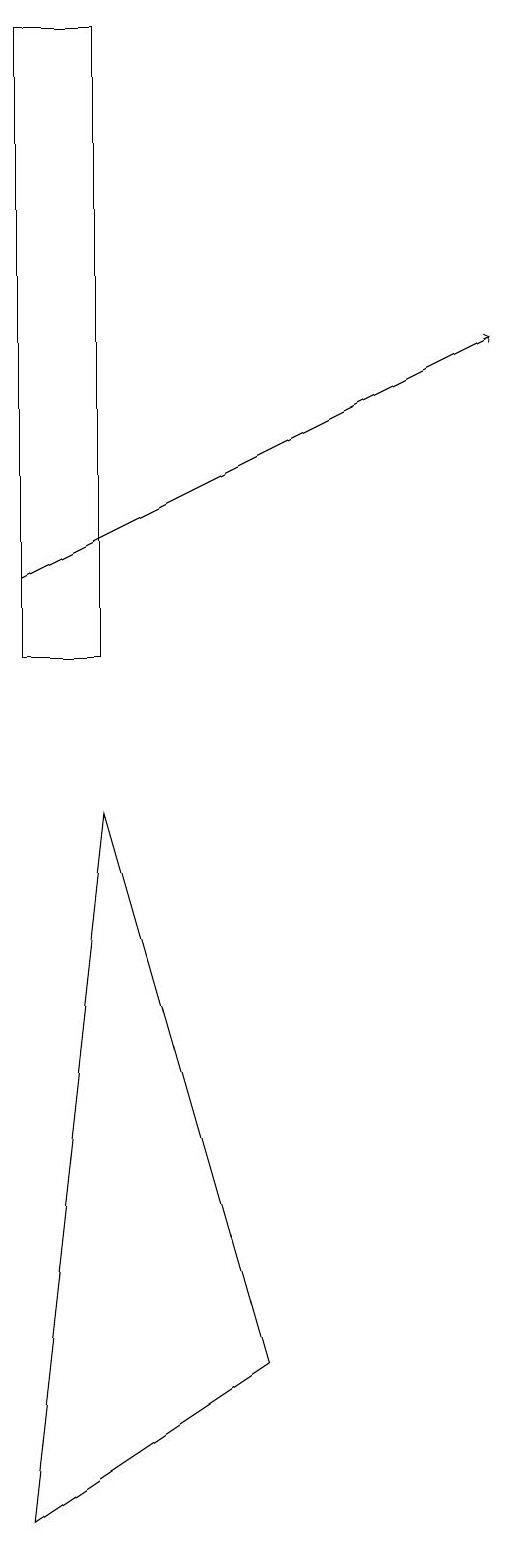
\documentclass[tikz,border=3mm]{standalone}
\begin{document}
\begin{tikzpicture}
\draw (3,19) rectangle (2,11);
\draw[->] (2,12) -- (8,15);
\draw (5,2) -- (3,9) -- (2,0) -- cycle;
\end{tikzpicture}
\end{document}